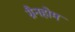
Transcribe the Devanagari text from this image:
ग्रैनहोम